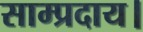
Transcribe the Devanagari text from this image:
साम्प्रदाय।